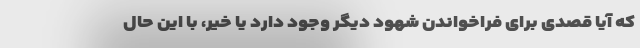
که آیا قصدی برای فراخواندن شهود دیگر وجود دارد یا خیر، با این حال